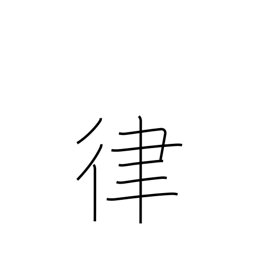
Meaning: gauge